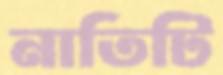
নাতিটি